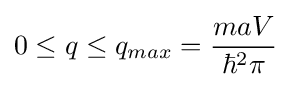
0\leq q\leq q_{max}={\frac {maV}{\hbar ^{2}\pi }}